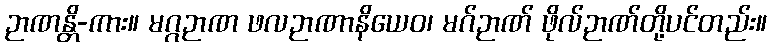
ဉာဏန္တိ-ကား။ မဂ္ဂဉာဏ ဖလဉာဏာနိယေဝ၊ မဂ်ဉာဏ် ဖိုလ်ဉာဏ်တို့ပင်တည်း။